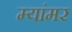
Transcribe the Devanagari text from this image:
म्यांमर